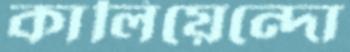
কালিয়েন্দো